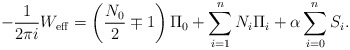
\begin{align*}-\frac{1}{2\pi i}W_{{\rm eff}}=\left(\frac{N_0}{2}\mp1\right)\Pi_0+\sum_{i=1}^{n}N_i\Pi_i+\alpha\sum_{i=0}^{n}S_i. \end{align*}